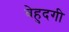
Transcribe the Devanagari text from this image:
बेहुदगी